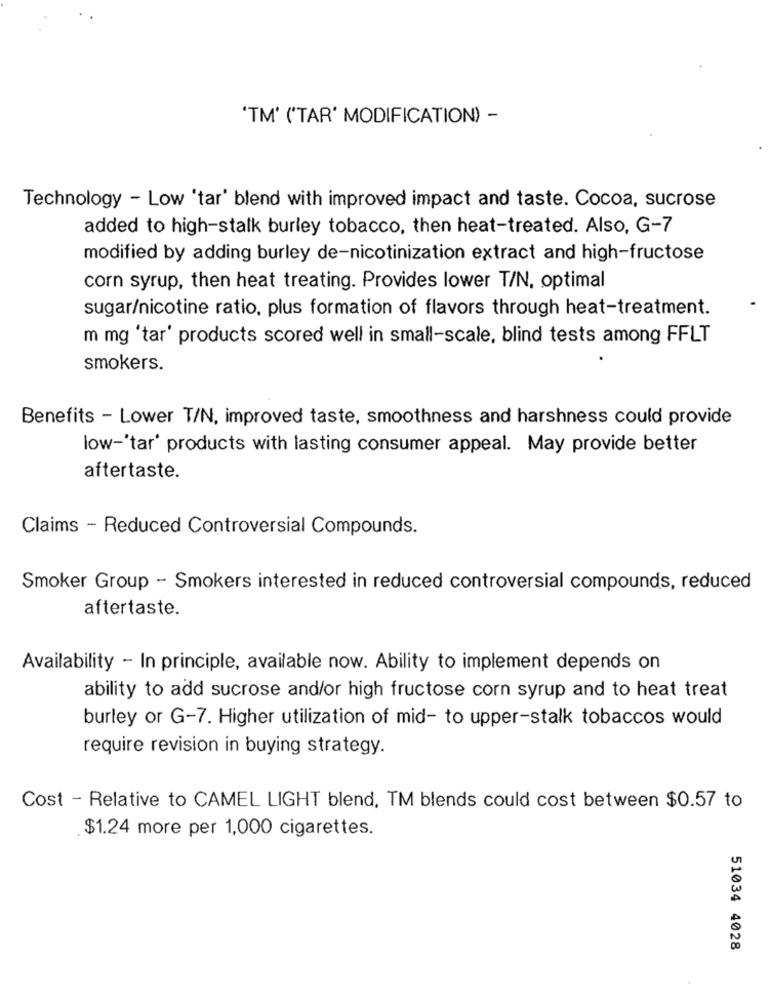
'TM' ('TAR' MODIFICATION) -
Technology - Low 'tar' blend with improved impact and taste. Cocoa, sucrose
added to high-stalk burley tobacco, then heat-treated. Also, G-7
modified by adding burley de-nicotinization extract and high-fructose
corn syrup, then heat treating. Provides lower T/N, optimal
sugar/nicotine ratio, plus formation of flavors through heat-treatment.
m mg 'tar' products scored well in small-scale, blind tests among FFLT
smokers.
Benefits - Lower T/N, improved taste, smoothness and harshness could provide
low-'tar' products with lasting consumer appeal. May provide better
aftertaste.
Claims - Reduced Controversial Compounds.
Smoker Group - Smokers interested in reduced controversial compounds, reduced
aftertaste.
Availability - In principle, available now. Ability to implement depends on
ability to add sucrose and/or high fructose corn syrup and to heat treat
burley or G-7. Higher utilization of mid- to upper-stalk tobaccos would
require revision in buying strategy.
Cost - Relative to CAMEL LIGHT blend, TM blends could cost between $0.57 to
$1.24 more per 1,000 cigarettes.
51034 4028